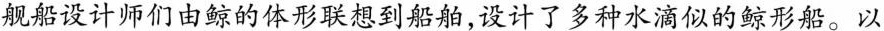
舰船设计师们由鲸的体形联想到船舶，设计了多种水滴似的鲸形船。以